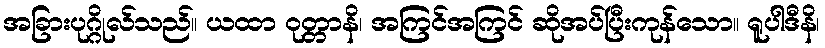
အခြားပုဂ္ဂိုလ်သည်။ ယထာ ဝုတ္တာနိ၊ အကြင်အကြင် ဆိုအပ်ပြီးကုန်သော။ ရူပါဒီနိ၊